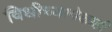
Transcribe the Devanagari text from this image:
विधीच्यापेक्षाही